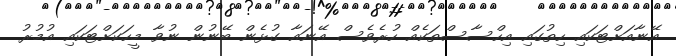
އޭނާއަށްޓަކައި ހިތުގައި އިހްސާސްތަކެއް ހުރެވެސް އޭނައާ ގުޅެން ބޭނުން ނުވާ މީހަކަށްޓަކައި އުމުރު